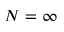
N = \infty